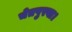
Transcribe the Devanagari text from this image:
चेतपुरवा।